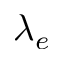
\lambda _ { e }